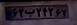
۶۲ب۲۴۲۶۷